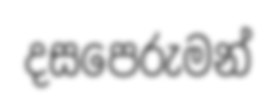
දසපෙරුමන්